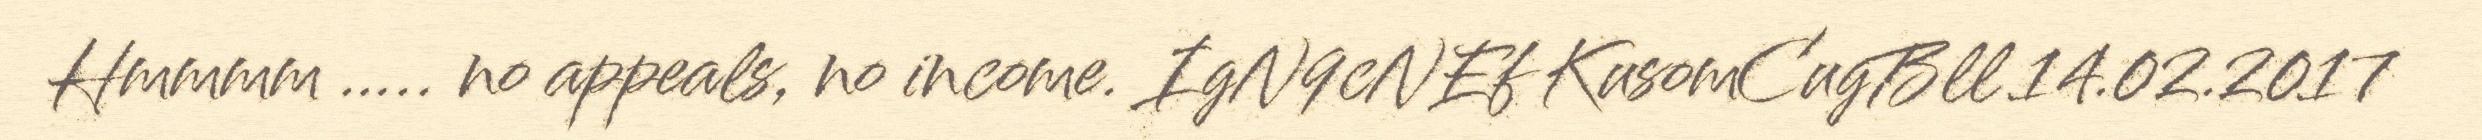
Hmmmm ….. no appeals, no income. IgN9cNEf KusomCugBll 14.02.2017